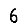
Digit: 6